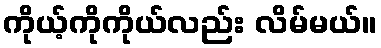
ကိုယ့်ကိုကိုယ်လည်း လိမ်မယ်။